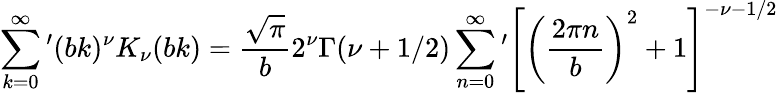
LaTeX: \sum_{k=0}^{\infty}{'}(bk)^{\nu}K_{\nu}(bk)=\frac{\sqrt{\pi}}{b}2^{\nu}\Gamma(\nu+1/2)\sum_{n=0}^{\infty}{'}\left[\left(\frac{2\pi n}{b}\right)^{2}+1\right]^{-\nu-1/2}